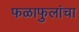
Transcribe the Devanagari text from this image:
फळाफुलांचा